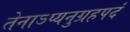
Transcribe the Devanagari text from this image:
तेनाऽप्यनुग्रहपदं